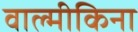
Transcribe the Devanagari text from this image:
वाल्मीकिना